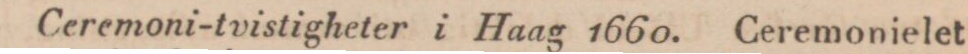
Ceremoni-tvistigheter i Haag 1660. Ceremonielet